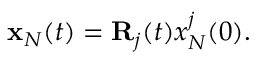
\begin{array} { r } { { \bf x } _ { N } ( t ) = { \bf R } _ { j } ( t ) x _ { N } ^ { j } ( 0 ) . } \end{array}